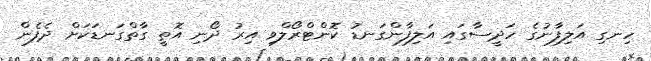
ހިނގި އަލިފާނުގެ ހަދީސާގައި އަލިފާންގަނޑު ކޮންޓްރޯލްވި އިރު ދޯނި އޮތީ ގާތްގަނޑަކަށް ދެފެން